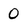
Character: 0